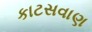
કાટસવાણ